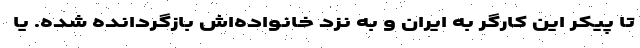
تا پیکر این کارگر به ایران و به نزد خانواده‌اش بازگردانده شده. یا